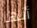
أنها